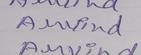
Signature authenticity: genuine